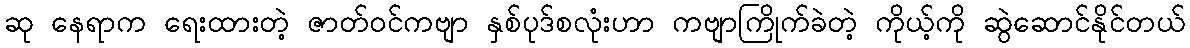
ဆု နေရာက ရေးထားတဲ့ ဇာတ်ဝင်ကဗျာ နှစ်ပုဒ်စလုံးဟာ ကဗျာကြိုက်ခဲတဲ့ ကိုယ့်ကို ဆွဲဆောင်နိုင်တယ်